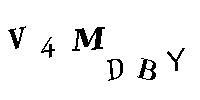
V4MDBY